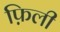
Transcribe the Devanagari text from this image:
फ़िली